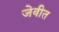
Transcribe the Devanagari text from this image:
जेवीत